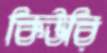
কিউরি